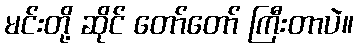
မင်းတို့ ဆိုင် တော်တော် ကြီးတာပဲ။